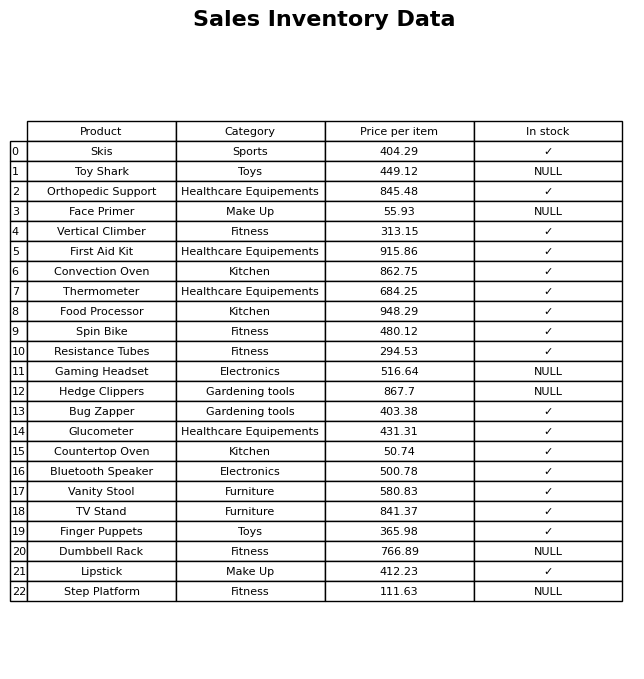
question: What is the price for Resistance Tubes?
answer: The price of Resistance Tubes is 294.53.